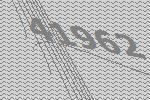
41962